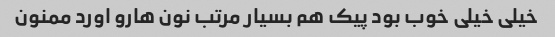
خیلی خیلی خوب بود پیک هم بسیار مرتب نون هارو اورد ممنون